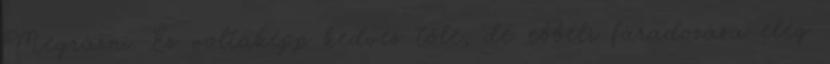
Megrázni. Ez voltaképp kedves tőle, de ebbéli fáradozása elég